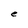
Character: e